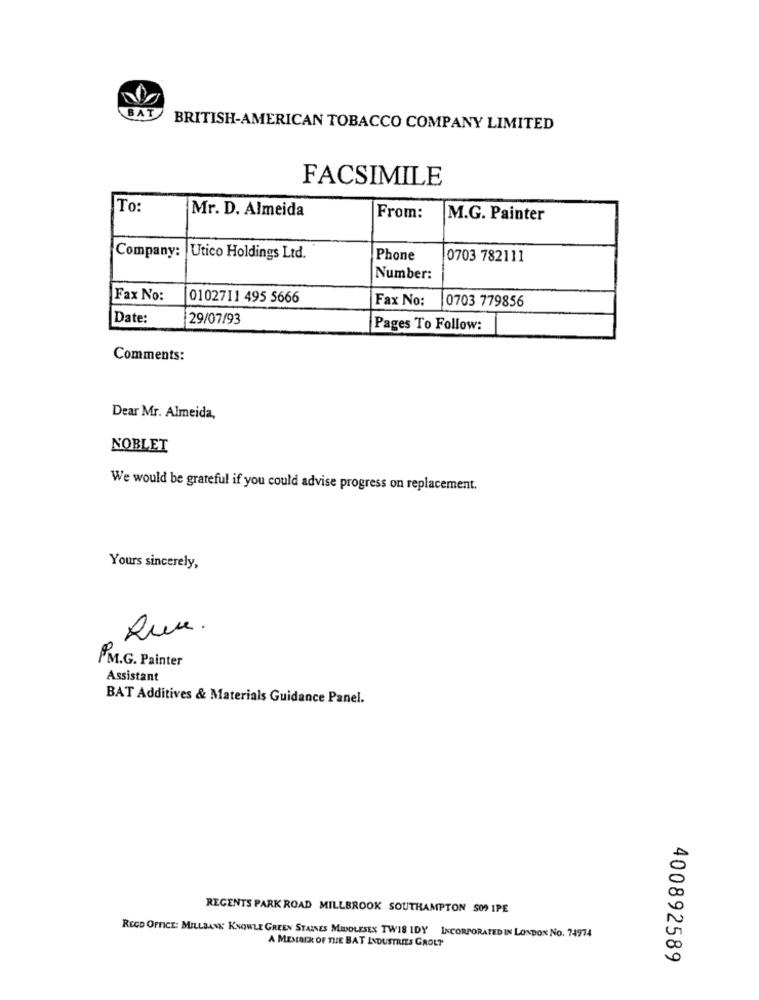
BAT
BRITISH-AMERICAN TOBACCO COMPANY LIMITED
FACSIMILE
To:
Mr. D. Almeida
From:
M.G. Painter
Company: Utico Holdings Ltd.
Phone
0703 782111
Number:
Fax No:
0102711 495 5666
Fax No:
0703 779856
Date:
29/07/93
Pages To Follow:
Comments:
Dear Mr. Almeida,
NOBLET
We would be grateful if you could advise progress on replacement.
Yours sincerely,
Rua.
M.G. Painter
Assistant
BAT Additives & Materials Guidance Panel.
REGENTS PARK ROAD MILLBROOK SOUTHAMPTON SOS IPE
REGO OFFICE: MILLBANK KNOWLE GREEN STAINES MIDDLESEX TWIS IDY INCORPORATED IN LONDON No. 74974
A MEMBER OF THE BAT INDUSTRIES GROL?
400892589